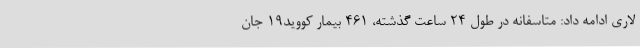
لاری ادامه داد: متاسفانه در طول 24 ساعت گذشته، 461 بیمار کووید19 جان